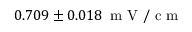
0 . 7 0 9 \pm 0 . 0 1 8 \, \mathrm { ~ m ~ V ~ / ~ c ~ m ~ }